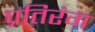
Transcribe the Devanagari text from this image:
प्रतिरंग